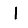
Digit: 1